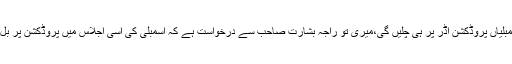
صوبائی وزیر چوہدری ظہیر الدین نے کہا لگتا ہے اب اسمبلیاں پروڈکشن آڈر پر ہی چلیں گی،میری تو راجہ بشارت صاحب سے درخواست ہے کہ اسمبلی کی اسی اجلاس میں پروڈکشن پر بل لے آئیں اور اسی اجلا س میں بل منظور بھی کرلیا جائے۔